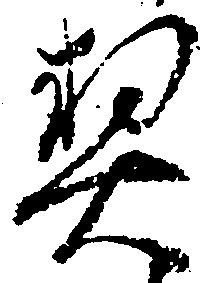
契